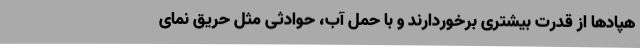
هپادها از قدرت بیشتری برخوردارند و با حمل آب، حوادثی مثل حریق نمای